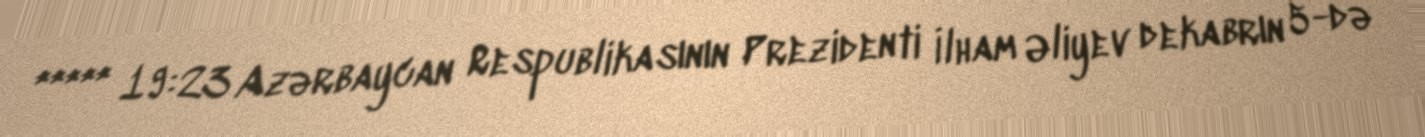
***** 19:23 Azərbaycan Respublikasının Prezidenti İlham Əliyev dekabrın 5-də